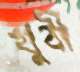
খুবী